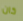
كان